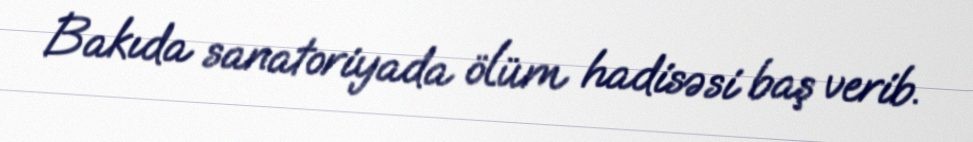
Bakıda sanatoriyada ölüm hadisəsi baş verib.